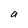
Character: a